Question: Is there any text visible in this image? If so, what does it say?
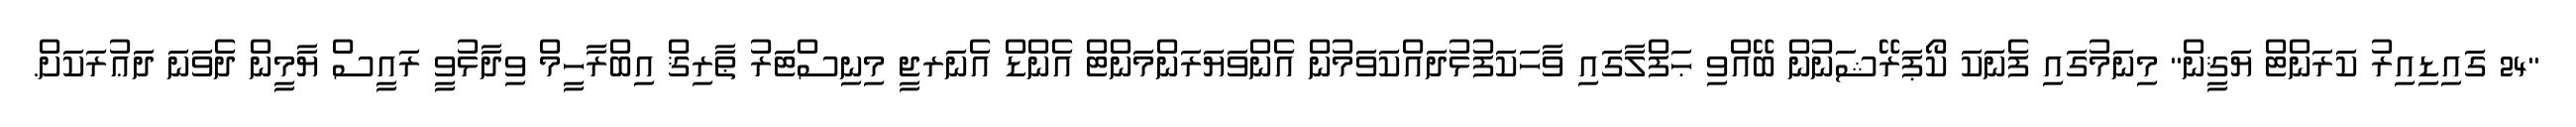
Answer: "24 ގައިޑިއިރު ކަރަންޓް ޔަޤީން" މިނަމުގައި ފެނަކަ ކޯޕަރޭޝަނުން ބޭއްވި ޙަފްލާގައި ވާހަކަފުޅުދައްކަވަމުން އެންވަޔަރަންމަންޓް އެންޑް އެނަރޖީ މިނިސްޓަރު ޠާރިޤް އިބްރާހީމް ވިދާޅުވީ ރައީސް ޔާމީން ދެވަނަ ދަޢުރަކަށް.